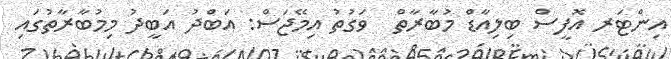
އިންޓަރ އޮފީސް ބިލިއާޑް މުބާރާތް  ވަގުތު އިމޭޖަސް: އަބްދު އަބީދު މިމުބާރާތުގައި